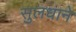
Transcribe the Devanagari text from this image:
सुलधाने